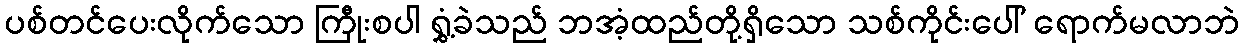
ပစ်တင်ပေးလိုက်သော ကြီုးစပါ ရွှံ့ခဲသည် ဘအံ့ထည်တို့ရှိသော သစ်ကိုင်းပေါ် ရောက်မလာဘဲ